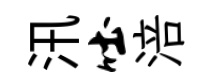
汛吐涪